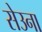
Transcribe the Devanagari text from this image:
सेउना